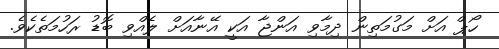
ހޯޕް އަށް މަގުމަތިން ދިމާވި އަންޖާ އަކީ އޭނާއަށް ލެއްވި ބޮޑު ރަހުމަތެެކެވެ.